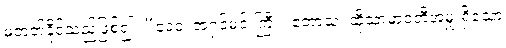
မတတ်နိုင်သည်ဖြစ်၍။ “ဒေဝ၊ အရှင်မင်းကြီး။ ဧတာသံ၊ ထိုသာမာဝတီအမှူးရှိသော